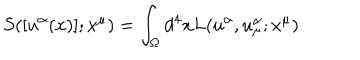
{ S } ( [ u ^ { \alpha } ( x ) ] ; x ^ { \mu } ) = \int _ { \Omega } d ^ { 4 } x { L } ( u ^ { \alpha } , u _ { \mu } ^ { \alpha } ; x ^ { \mu } ) .